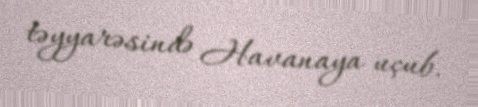
təyyarəsində Havanaya uçub.